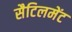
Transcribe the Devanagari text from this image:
सैटिलमेंट